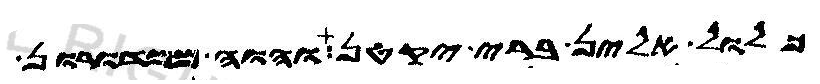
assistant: כלול אלין ברי יקטן והוה ממדורון